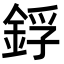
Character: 鋢